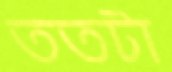
ততটা